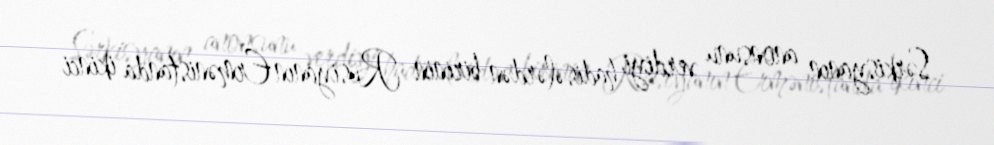
Sərkisyanın anonsunu verdiyi hadisələrdən birinin Rusiyanın Ermənistanda ikinci